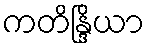
ကတိန္ဒြိယာ